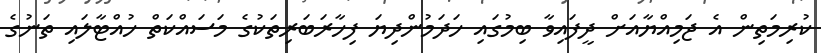
ކުރިމަތިން އެ ޖަމިއްޔާއަށް ދީފައިވާ ބިމުގައި ހަދަމުންދިޔަ ފިހާރަބަރިތަކުގެ މަސައްކަތް ހުއްޓާލައި ތަނުގެ